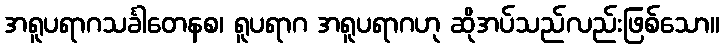
အရူပရာဂသင်္ခါတေနစ၊ ရူပရာဂ အရူပရာဂဟု ဆိုအပ်သည်လည်းဖြစ်သော။